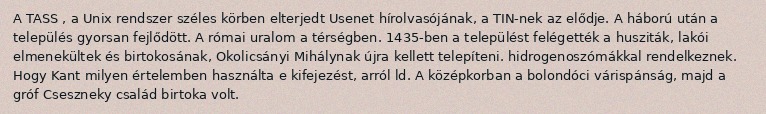
A TASS , a Unix rendszer széles körben elterjedt Usenet hírolvasójának, a TIN-nek az elődje. A háború után a település gyorsan fejlődött. A római uralom a térségben. 1435-ben a települést felégették a husziták, lakói elmenekültek és birtokosának, Okolicsányi Mihálynak újra kellett telepíteni. hidrogenoszómákkal rendelkeznek. Hogy Kant milyen értelemben használta e kifejezést, arról ld. A középkorban a bolondóci várispánság, majd a gróf Cseszneky család birtoka volt.